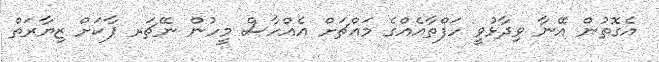
އެގޮތުން އޭނާ ވިދާޅުވީ ހަފްތާއެއްގެ މައްޗަށް އެއްހާސް މީހުން ނޭޗަރ ޕާކަށް ޒިޔާރަތް